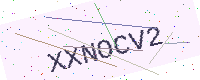
Text: XXNOCV2